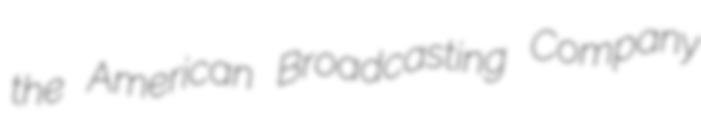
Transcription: the American Broadcasting Company